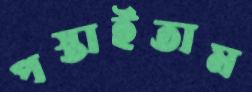
পস্তাইতাম